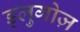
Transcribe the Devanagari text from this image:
ड्लुगोज़